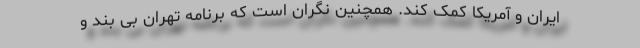
ایران و آمریکا کمک کند. همچنین نگران است که برنامه تهران بی بند و